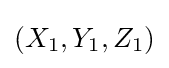
(X_{1},Y_{1},Z_{1})